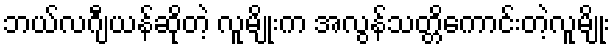
ဘယ်လဂျီယန်ဆိုတဲ့ လူမျိုးက အလွန်သတ္တိကောင်းတဲ့လူမျိုး